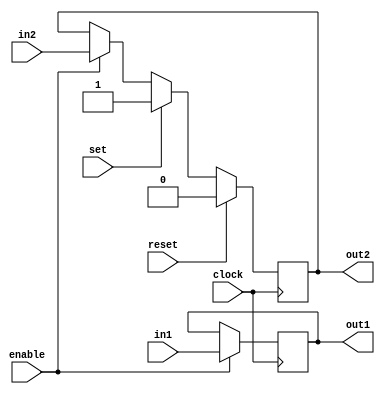
// array.pl 5 5 
// $Id: array.pl,v 1.6 2015-07-11 12:01:22 a Exp $ 

module u(clock,enable,reset,set,in1,in2,out1,out2);
    input  clock,enable,reset,set,in1,in2;
    output out1,out2;
    reg    out1,out2;
    always@(posedge clock) begin
        if( enable )
            out1 <=in1;
        if( reset )
            out2 <= 0;
        else if( set )
            out2 <= 1;
        else if( enable )
            out2 <=in2;
        end
endmodule

module array(clock,enable,reset,set,
  in_00_01, ou_00_00, in_00_02, ou_00_01, in_00_03, ou_00_02, in_00_04, ou_00_03,  
  in_00_05, ou_00_04, in_05_01, ou_05_01, in_05_02, ou_05_02, in_05_03, ou_05_03,  
  in_05_04, ou_05_04, in_05_05, ou_05_05
);

input clock,enable,reset,set, 
  in_00_01, ou_00_00, in_00_02, ou_00_01, in_00_03, ou_00_02, in_00_04, ou_00_03,  
  in_00_05, ou_00_04;

output 
  in_05_01, ou_05_01, in_05_02, ou_05_02, in_05_03, ou_05_03, in_05_04, ou_05_04,  
  in_05_05, ou_05_05;
  wire in_00_01; 
  wire in_00_02; 
  wire in_00_03; 
  wire in_00_04; 
  wire in_00_05; 
  wire in_01_01; 
  wire in_01_02; 
  wire in_01_03; 
  wire in_01_04; 
  wire in_01_05; 
  wire in_02_01; 
  wire in_02_02; 
  wire in_02_03; 
  wire in_02_04; 
  wire in_02_05; 
  wire in_03_01; 
  wire in_03_02; 
  wire in_03_03; 
  wire in_03_04; 
  wire in_03_05; 
  wire in_04_01; 
  wire in_04_02; 
  wire in_04_03; 
  wire in_04_04; 
  wire in_04_05; 

// Instances
  u   u_01_01( clock,enable,reset,set,in_00_01, ou_00_00, in_01_01, ou_01_01 );
  u   u_01_02( clock,enable,reset,set,in_00_02, ou_00_01, in_01_02, ou_01_02 );
  u   u_01_03( clock,enable,reset,set,in_00_03, ou_00_02, in_01_03, ou_01_03 );
  u   u_01_04( clock,enable,reset,set,in_00_04, ou_00_03, in_01_04, ou_01_04 );
  u   u_01_05( clock,enable,reset,set,in_00_05, ou_00_04, in_01_05, ou_01_05 );
  u   u_02_01( clock,enable,reset,set,in_01_01, ou_01_00, in_02_01, ou_02_01 );
  u   u_02_02( clock,enable,reset,set,in_01_02, ou_01_01, in_02_02, ou_02_02 );
  u   u_02_03( clock,enable,reset,set,in_01_03, ou_01_02, in_02_03, ou_02_03 );
  u   u_02_04( clock,enable,reset,set,in_01_04, ou_01_03, in_02_04, ou_02_04 );
  u   u_02_05( clock,enable,reset,set,in_01_05, ou_01_04, in_02_05, ou_02_05 );
  u   u_03_01( clock,enable,reset,set,in_02_01, ou_02_00, in_03_01, ou_03_01 );
  u   u_03_02( clock,enable,reset,set,in_02_02, ou_02_01, in_03_02, ou_03_02 );
  u   u_03_03( clock,enable,reset,set,in_02_03, ou_02_02, in_03_03, ou_03_03 );
  u   u_03_04( clock,enable,reset,set,in_02_04, ou_02_03, in_03_04, ou_03_04 );
  u   u_03_05( clock,enable,reset,set,in_02_05, ou_02_04, in_03_05, ou_03_05 );
  u   u_04_01( clock,enable,reset,set,in_03_01, ou_03_00, in_04_01, ou_04_01 );
  u   u_04_02( clock,enable,reset,set,in_03_02, ou_03_01, in_04_02, ou_04_02 );
  u   u_04_03( clock,enable,reset,set,in_03_03, ou_03_02, in_04_03, ou_04_03 );
  u   u_04_04( clock,enable,reset,set,in_03_04, ou_03_03, in_04_04, ou_04_04 );
  u   u_04_05( clock,enable,reset,set,in_03_05, ou_03_04, in_04_05, ou_04_05 );
  u   u_05_01( clock,enable,reset,set,in_04_01, ou_04_00, in_05_01, ou_05_01 );
  u   u_05_02( clock,enable,reset,set,in_04_02, ou_04_01, in_05_02, ou_05_02 );
  u   u_05_03( clock,enable,reset,set,in_04_03, ou_04_02, in_05_03, ou_05_03 );
  u   u_05_04( clock,enable,reset,set,in_04_04, ou_04_03, in_05_04, ou_05_04 );
  u   u_05_05( clock,enable,reset,set,in_04_05, ou_04_04, in_05_05, ou_05_05 );

endmodule